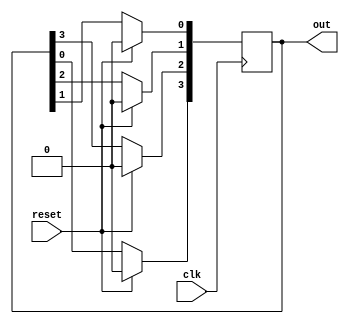
module ring_counter(clk, reset, out);

input clk, reset;
output[3:0] out;
reg[3:0] out;
reg[3:0] tmp;

initial begin
out<=4'b1001;
end

always@(posedge clk)
begin
    if(reset==1)
    out<=0;
    else
    begin
    tmp[3]=out[3];
    tmp[2]=out[2];
    out[2]=tmp[3];
    tmp[1]=out[1];
    out[1]=tmp[2];
    tmp[0]=out[0];
    out[0]=tmp[1];
    out[3]=tmp[0];
    end
  end
endmodule